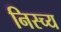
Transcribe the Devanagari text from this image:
निस्च्य